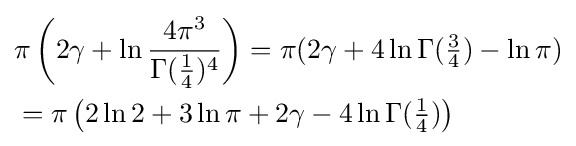
{\begin{aligned}&\pi \left(2\gamma +\ln {\frac {4\pi ^{3}}{\Gamma ({\tfrac {1}{4}})^{4}}}\right)=\pi (2\gamma +4\ln \Gamma ({\tfrac {3}{4}})-\ln \pi )\\&=\pi \left(2\ln 2+3\ln \pi +2\gamma -4\ln \Gamma ({\tfrac {1}{4}})\right)\end{aligned}}